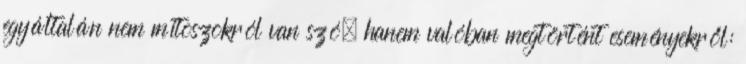
egyáltalán nem mítoszokról van szó, hanem valóban megtörtént eseményekről: